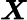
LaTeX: \boldsymbol{\mathit{X}}